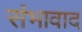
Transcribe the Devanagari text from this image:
संभावाद